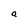
Character: a